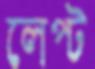
লেপ্‌ট